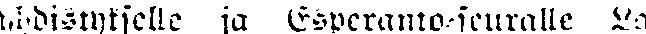
yhdistykselle ja Esperanto-seuralle La